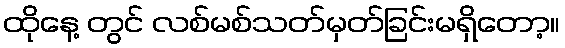
ထိုနေ့ တွင် လစ်မစ်သတ်မှတ်ခြင်းမရှိတော့။